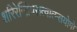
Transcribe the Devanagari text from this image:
शरिरेन्द्रियसत्वात्म्सयोगो